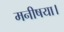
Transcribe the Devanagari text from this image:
मनीषया।